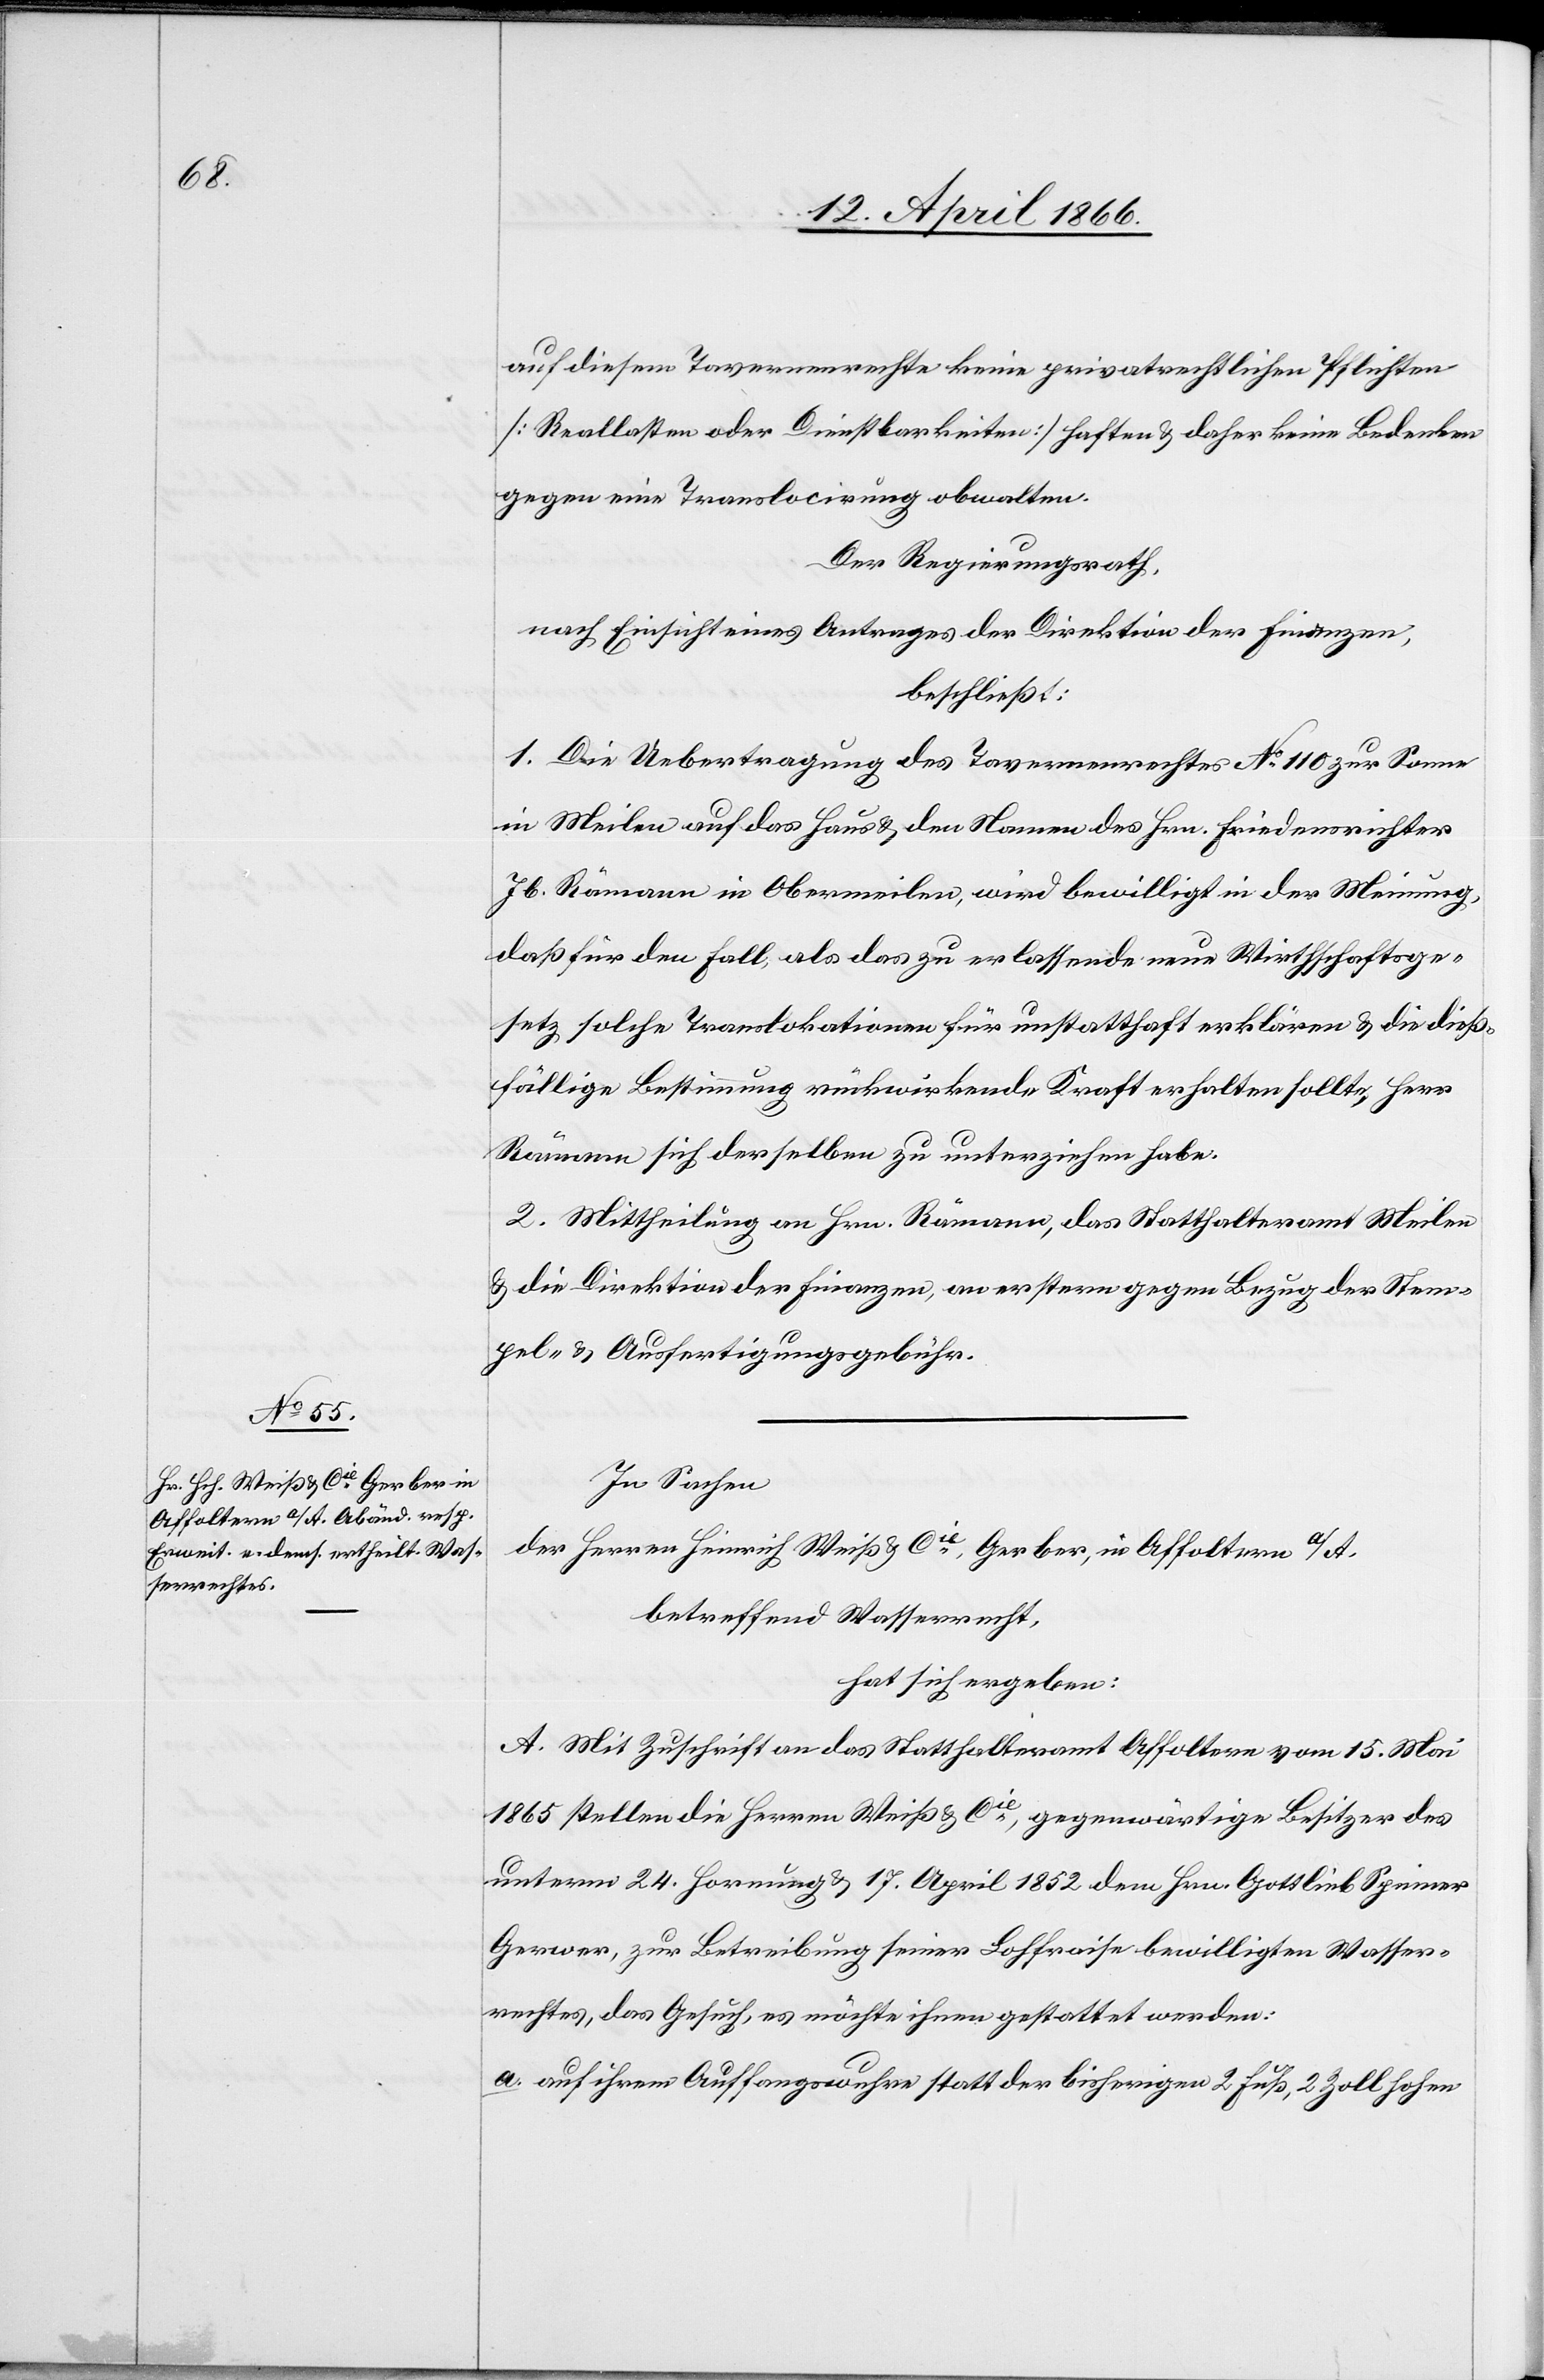
auf diesem Tavernenrechte keine privatrechtlichen Pflichten
[Reallasten oder Dienstbarkeiten] haften u. daher keine Bedenken
gegen eine Translocirung obwalten.
Der Regierungsrath,
nach Einsicht eines Antrages der Direktion der Finanzen,
beschließt:
1. Die Uebertragung des Tavernenrechtes No. 110 zur Sonne
in Meilen auf das Haus u. den Namen des Hrn. Friedensrichter
Jb. Römann in Obermeilen, wird bewilligt in der Meinung,
daß für den Fall, als das zu erlassende neue Wirthschaftsge¬
setz solche Translokationen für unstatthaft erklären u. die dieß¬
fällige Bestimmung rückwirkende Kraft erhalten sollte, Herr
Römann sich derselben zu unterziehen habe.
2. Mittheilung an Hrn. Römann, das Statthalteramt Meilen
u. die Direktion der Finanzen, an erstere gegen Bezug der Stem¬
pel- u. Ausfertigungsgebühren.
In Sachen
der Herren Heinrich Weiß u. Cie., Gerber in Affoltern a/A,
betreffend Wasserrecht,
hat sich ergeben:
A. Mit Zuschrift an das Statthalteramt Affoltern vom 15. Mai
1865 stellen die Herren Weiß u. Cie., gegenwärtige Besitzer des
unterm 24. Hornung u. 17. April 1852 dem Hrn. Gottlieb Spinner,
Gerwer, zur Betreibung seiner Lohfraise bewilligten Wasser¬
rechtes, das Gesuch, es möchte ihnen gestattet werden:
a. auf ihrem Auffangswuhre statt der bisherigen 2 Fuß, 2 Zoll hohen